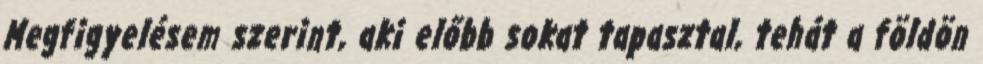
Megfigyelésem szerint, aki előbb sokat tapasztal, tehát a földön